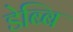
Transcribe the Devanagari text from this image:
डेब्बि